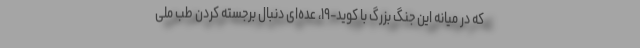
که در میانه این جنگ بزرگ با کوید-۱۹، عده‌ای دنبال برجسته کردن طب ملی